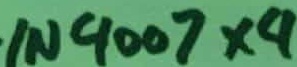
Text: IN4007×4